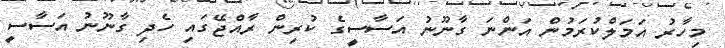
މިހާރު އަމަލްކުރަމުން އަންނަ ގާނޫނު އަސާސީގެ ކުރިން ރާއްޖޭގައި ހެދި ގާނޫނު އަސާސީ